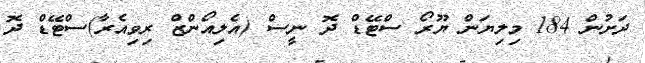
ދަށުން 184 މިލިޔަން ޔޫރޯ ސްޓޭޑް ދޮ ނީސް (އެލިއޯންޒް ރިވިއެރާ)ސްޓޭޑް ދޮ